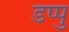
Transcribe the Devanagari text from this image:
डप्पु